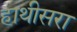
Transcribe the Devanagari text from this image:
हाथीसरा